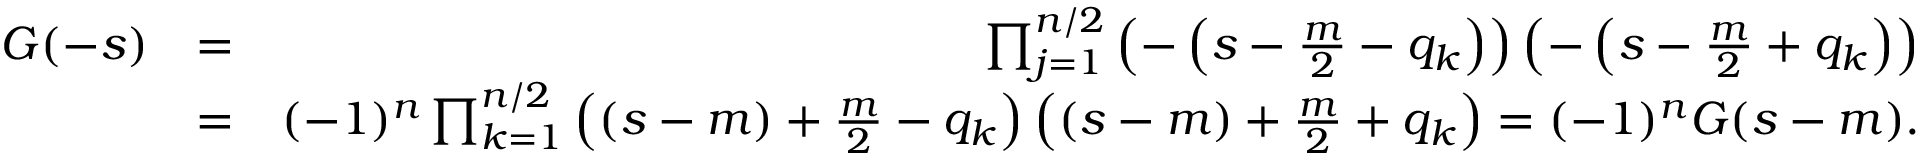
\begin{array} { r l r } { G ( - s ) } & { = } & { \prod _ { j = 1 } ^ { n / 2 } \left( - \left( s - { \frac { m } { 2 } } - q _ { k } \right) \right) \left( - \left( s - { \frac { m } { 2 } } + q _ { k } \right) \right) } \\ & { = } & { ( - 1 ) ^ { n } \prod _ { k = 1 } ^ { n / 2 } \left( ( s - m ) + { \frac { m } { 2 } } - q _ { k } \right) \left( ( s - m ) + { \frac { m } { 2 } } + q _ { k } \right) = ( - 1 ) ^ { n } G ( s - m ) . } \end{array}